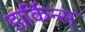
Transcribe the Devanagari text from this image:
डार्किन्स्